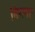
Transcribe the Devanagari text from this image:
बिचवर